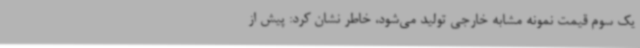
یک سوم قیمت نمونه مشابه خارجی تولید می‌شود، خاطر نشان کرد: پیش از